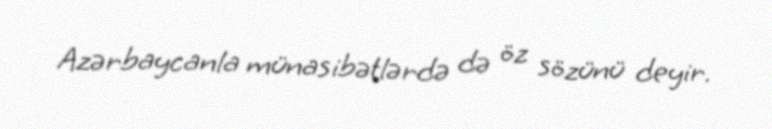
Azərbaycanla münasibətlərdə də öz sözünü deyir.